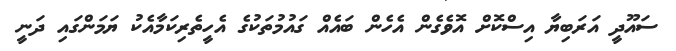
ސައޫދީ އަރަބިޔާ އިސްކޮށް އޮވެގެން އެހެން ބައެއް ގައުމުތަކުގެ އެހީތެރިކަމާއެކު ޔަމަންގައި ދަނީ